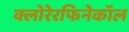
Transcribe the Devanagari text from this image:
क्लोरेरफिनेकॉल